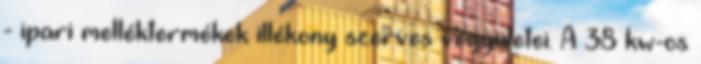
- ipari melléktermékek illékony szerves vegyületei. A 38 kw-os